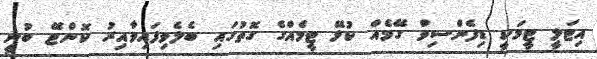
އިޓަލީ ޓީމަކީ ޑިފެންސިވް ގޭމެއް ކުޅޭ ޓީމެއްގެ ގޮތުގައި ބެލެވިފައިވާއިރު ކޮންޓޭ ބުނީ